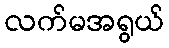
လက်မအရွယ်